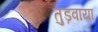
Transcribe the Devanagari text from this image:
तुड़वाया